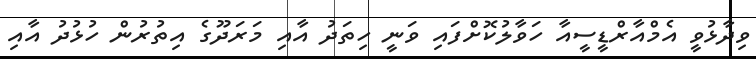
ވިދާޅުވީ އެމްއާރްޑީސީއާ ހަވާލުކޮށްފައި ވަނީ ހިތަދު އާއި މަރަދޫގެ އިތުރުން ހުޅުދު އާއި